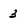
Character: 3